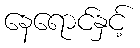
နေရောင်နှင့်